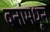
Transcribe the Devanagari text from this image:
वनांमधून